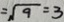
= \sqrt { 9 } = 3